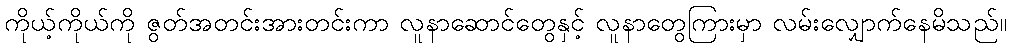
ကိုယ့်ကိုယ်ကို ဇွတ်အတင်းအားတင်းကာ လူနာဆောင်တွေနှင့် လူနာတွေကြားမှာ လမ်းလျှောက်နေမိသည်။